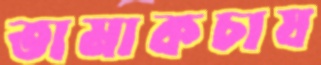
তামাকচাষ